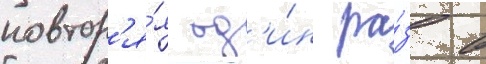
повтор'я́я од'и́н ра́з в